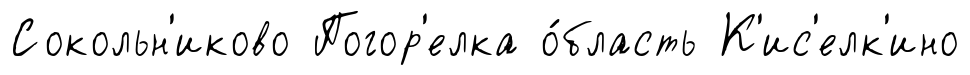
Сокольн'иково Погор'елка о́бласть К'ис'елк'ино